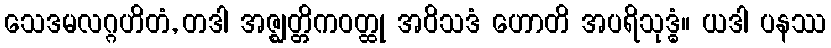
သေဒမလဂ္ဂဟိတံ, တဒါ အဇ္ဈတ္တိကဝတ္ထု အဝိသဒံ ဟောတိ အပရိသုဒ္ဓံ။ ယဒါ ပနဿ